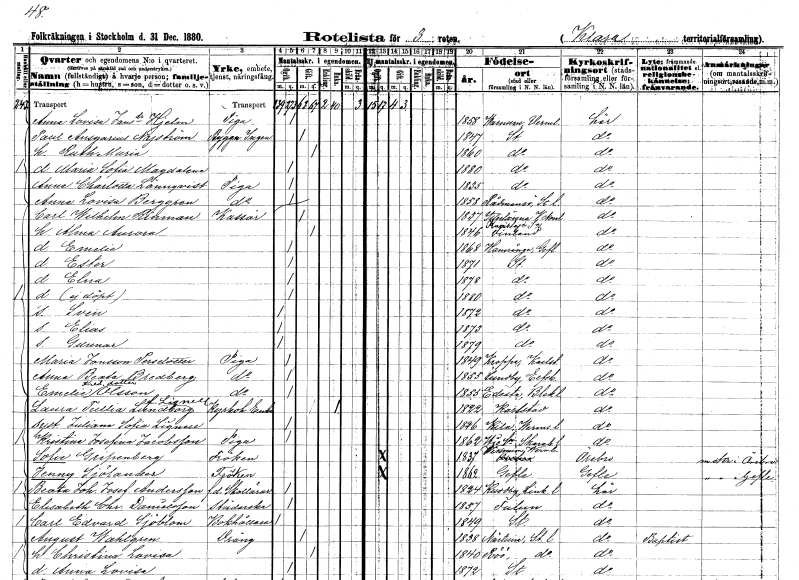
gt_parse: households: individuals: FN: Anna Lovisa
EN: Jansdotter Hjelm
YRKE: Piga
KON: K
CIV: O
FODAR: 1858
FODFORS: Varnum Värmlands län
FN: Paul Ansgarius
EN: Nyström
YRKE: Byggnadsingenjör
KON: M
CIV: G
FODAR: 1847
FODFORS: Stockholm
FN: Ruth Maria
KON: K
CIV: G
FODAR: 1860
FODFORS: Stockholm
FN: Maria Sofia Magdalena
KON: K
CIV: O
FODAR: 1880
FODFORS: Stockholm
FN: Anna Charlotta
EN: Lönnqvist
YRKE: Piga
KON: K
CIV: O
FODAR: 1835
FODFORS: Stockholm
FN: Anna Lovisa
EN: Berggren
YRKE: Piga
KON: K
CIV: O
FODAR: 1858
FODFORS: Rådmansö Stockholms län
FN: Carl Wilhelm
EN: Rinman
YRKE: Kassör
KON: M
CIV: G
FODAR: 1837
FODFORS: Ytterlännäs Västernorrlands län
FN: Alma Aurora
KON: K
CIV: G
FODAR: 1846
FN: Emelie
KON: K
CIV: O
FODAR: 1868
FODFORS: Hamrånge Gävleborgs län
FN: Ester
KON: K
CIV: O
FODAR: 1871
FODFORS: Stockholm
FN: Elna
KON: K
CIV: O
FODAR: 1878
FODFORS: Stockholm
KON: K
CIV: O
FODAR: 1880
FODFORS: Stockholm
FN: Sven
KON: M
CIV: O
FODAR: 1872
FODFORS: Stockholm
FN: Elias
KON: M
CIV: O
FODAR: 1873
FODFORS: Stockholm
FN: Gunnar
KON: M
CIV: O
FODAR: 1879
FODFORS: Stockholm
FN: Maria
EN: Jonsson Persdotter
YRKE: Piga
KON: K
CIV: O
FODAR: 1849
FODFORS: Kroppa Värmlands län
FN: Anna Beata
EN: Bredberg
YRKE: Piga
KON: K
CIV: O
FODAR: 1855
FODFORS: Lundby Älvsborgs län
FN: Emelie
EN: Fredriksdotter?? Olsson
YRKE: Piga
KON: K
CIV: O
FODAR: 1855
FODFORS: Edestad Blekinge län
FN: Laura Tullia
EN: Lundborg Lignell
YRKE: Kyrkoherdeänka
KON: K
CIV: E
FODAR: 1822
FODFORS: Karlstad Värmlands län
FN: Juliana Sofia
EN: Lignell
KON: K
CIV: O
FODAR: 1826
FODFORS: Kila Värmlands län
FN: Kristina Josefina
EN: Jacobsson
YRKE: Piga
KON: K
CIV: O
FODAR: 1862
FODFORS: Hjo landsförsamling Skaraborgs län
FN: Sofie
EN: Gripenberg
KON: K
CIV: O
FODAR: 1837
FODFORS: Visnum Värmlands län
FN: Jenny
EN: Sjölander
KON: K
CIV: O
FODAR: 1862
FODFORS: Gävle Gävleborgs län
FN: Beata Johanna Josefina
EN: Andersson
YRKE: Skollärarinna f.d.
KON: K
CIV: O
FODAR: 1824
FODFORS: Kuddby Östergötlands län
FN: Elisabeth Christina
EN: Danielsson
YRKE: Städerska
KON: K
CIV: O
FODAR: 1857
FODFORS: Falun Kopparbergs län
FN: Carl Edvard
EN: Sjöblom
YRKE: Bokhållare
KON: M
CIV: O
FODAR: 1849
FODFORS: Stockholm
FN: August
EN: Wahlgren
YRKE: Dräng
KON: M
CIV: G
FODAR: 1838
FODFORS: Närtuna Stockholms län
FN: Christina Lovisa
KON: K
CIV: G
FODAR: 1840
FODFORS: Rö Stockholms län
FN: Anna Lovisa
KON: K
CIV: O
FODAR: 1872
FODFORS: Stockholm